Some observations on the morphology and mechanism of the parts in the orthorrapha - Number 58
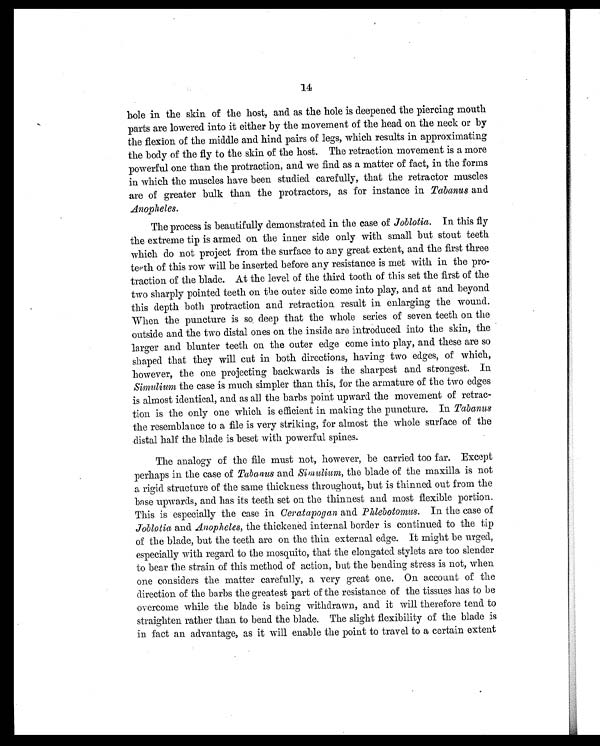
14
hole in the skin of the host, and as the hole is deepened the piercing mouth
parts are lowered into it either by the movement of the head on the neck or by
the flexion of the middle and hind pairs of legs, which results in approximating
the body of the fly to the skin of the host. The retraction movement is a more
powerful one than the protraction, and we find as a matter of fact, in the forms
in which the muscles have been studied carefully, that the retractor muscles
are of greater bulk than the protractors, as for instance in Tabanus and
Anopheles.
The process is beautifully demonstrated in the case of Joblotia. In this fly
the extreme tip is armed on the inner side only with small but stout teeth
which do not project from the surface to any great extent, and the first three
teeth of this row will be inserted before any resistance is met with in the pro-
traction of the blade. At the level of the third tooth of this set the first of the
two sharply pointed teeth on the outer side come into play, and at and beyond
this depth both protraction and retraction result in enlarging the wound.
When the puncture is so deep that the whole series of seven teeth on the
outside and the two distal ones on the inside are introduced into the skin, the
larger and blunter teeth on the outer edge come into play, and these are so
shaped that they will cut in both directions, having two edges, of which,
however, the one projecting backwards is the sharpest and strongest. In
Simulium the case is much simpler than this, for the armature of the two edges
is almost identical, and as all the barbs point upward the movement of retrac-
tion is the only one which is efficient in making the puncture. In Tabanus
the resemblance to a file is very striking, for almost the whole surface of the
distal half the blade is beset with powerful spines.
The analogy of the file must not, however, be carried too far. Except
perhaps in the case of Tabanus and Simulium, the blade of the maxilla is not
a rigid structure of the same thickness throughout, but is thinned out from the
base upwards, and has its teeth set on the thinnest and most flexible portion.
This is especially the case in Ceratapogan and Phlebotoms. In the case of
Joblotia and Anopheles, the thickened internal border is continued to the tip
of the blade, but the teeth are on the thin external edge. It might be urged,
especially with regard to the mosquito, that the elongated stylets are too slender
to bear the strain of this method of action, but the bending stress is not, when
one considers the matter carefully, a very great one, On account of the
direction of the barbs the greatest part of the resistance of the tissues has to be
overcome while the blade is being withdrawn, and it will therefore tend to
straighten rather than to bend the blade. The slight flexibility of the blade is
in fact an advantage, as it will enable the point to travel to a certain extent